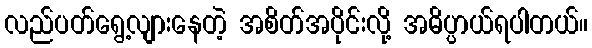
လည်ပတ်ရွေ့လျားနေတဲ့ အစိတ်အပိုင်းလို့ အဓိပ္ပာယ်ရပါတယ်။